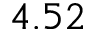
4 . 5 2